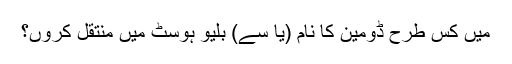
میں کس طرح ڈومین کا نام (یا سے) بلیو ہوسٹ میں منتقل کروں؟